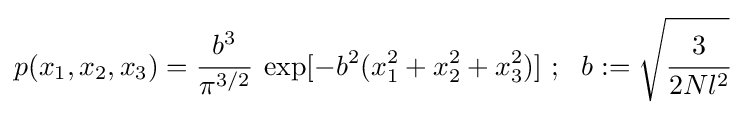
p(x_{1},x_{2},x_{3})={\cfrac {b^{3}}{\pi ^{3/2}}}~\exp[-b^{2}(x_{1}^{2}+x_{2}^{2}+x_{3}^{2})]~;~~b:={\sqrt {\cfrac {3}{2Nl^{2}}}}